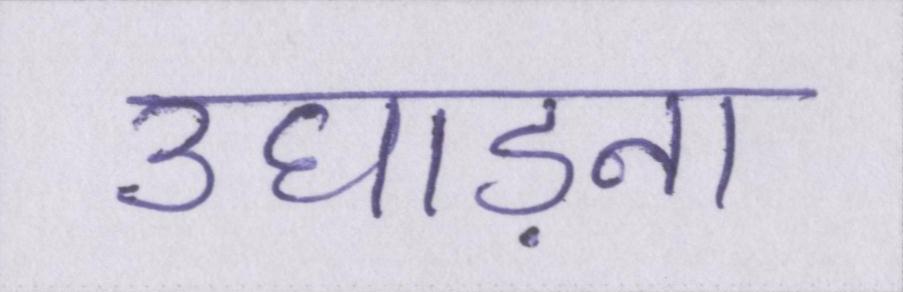
उघाड़ना